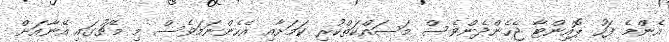
އެންމެ ފަހު ޕޮއިންޓާ ޖެހެންދެންވެސް މަސައްކަތްކުރި ކަމަށާއި އެހެންނަމަވެސް މި މެޗުގައި އޭނާއަށް